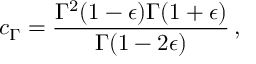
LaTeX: c _ { \Gamma } = \frac { \Gamma ^ { 2 } ( 1 - \epsilon ) \Gamma ( 1 + \epsilon ) } { \Gamma ( 1 - 2 \epsilon ) } \, ,